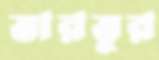
ভারভুর